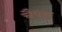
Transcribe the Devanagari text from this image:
चैपड़